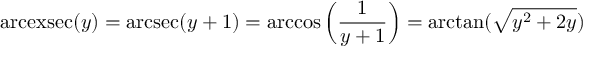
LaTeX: \operatorname { a r c e x s e c } ( y ) = \operatorname { a r c s e c } ( y + 1 ) = \operatorname { a r c c o s } \left( { \frac { 1 } { y + 1 } } \right) = \arctan ( { \sqrt { y ^ { 2 } + 2 y } } )